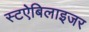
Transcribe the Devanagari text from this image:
स्टऐबिलाइजर